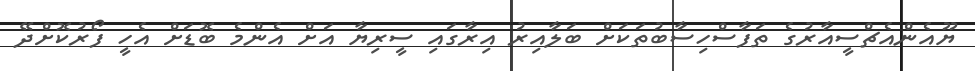
ޔޫއެންއެޗްސީއާރުގެ ތަފާސްހިސާބުތަކަށް ބަލާއިރު އިރާގައި ސީރިޔާ އަށް އެންމެ ބޮޑަށް އެހީ ފޯރުކޮށްދޭ